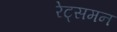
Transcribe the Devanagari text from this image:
रेट्समन